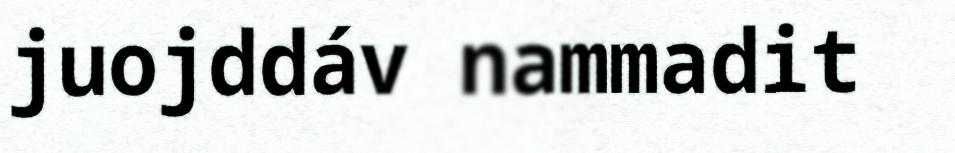
juojddáv nammadit